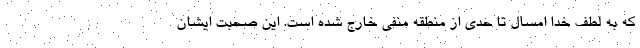
كه به لطف خدا امسال تا حدي از منطقه منفي خارج شده است. اين صحبت ايشان